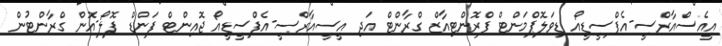
އީއެސްއާރްސީ-އެފްސީޑީއޯ ޑިވަލޮޕްމަންޓް ފްރޮންޓިއާޒް ގްރާންޓް އަދި އީސީއާރްސީ-އެފްސީޑީއޯ ޖޮއިންޓް ފަންޑް ފޮލޯ-އޮން ގްރާންޓުން